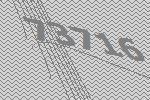
73716